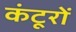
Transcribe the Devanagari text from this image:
कंटूरों